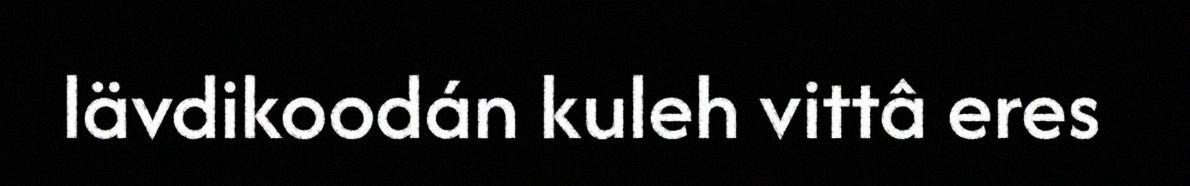
lävdikoodán kuleh vittâ eres